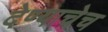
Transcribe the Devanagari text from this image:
देण्याचेच